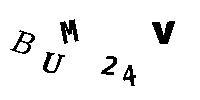
BUM24V